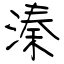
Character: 溱